Report on horse surra - Volume II, Part II
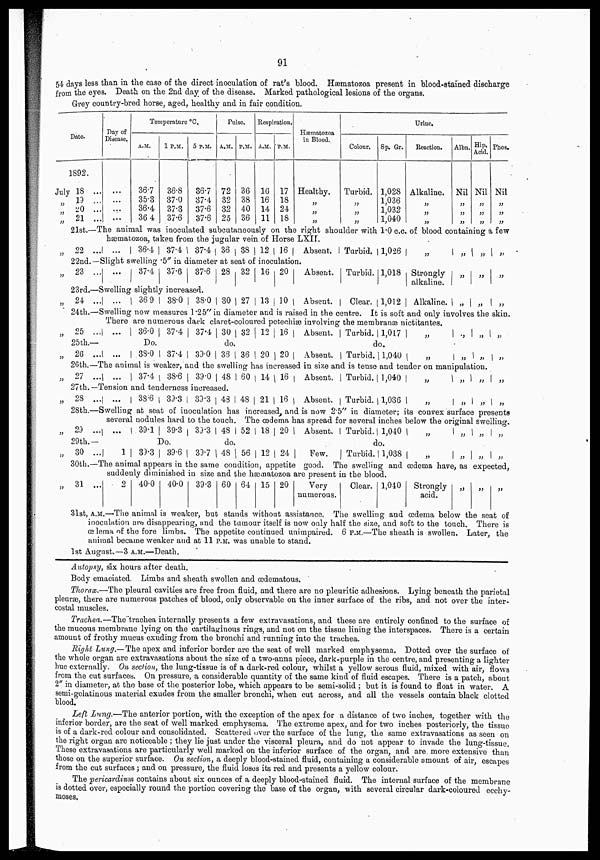
91
54 days less than in the case of the direct inoculation of rat's blood. Hæmatozoa present in blood-stained discharge
from the eyes. Death on the 2nd day of the disease. Marked pathological lesions of the organs.
Grey country-bred horse, aged, healthy and in fair condition.
Date.
1892.
July 18 ...
„ 19 ...
„ 20 ...
„ 21 ...
Day of
Disease.
...
...
...
...
Temperature °C.
A.M.
36.7
35.3
36.4
36 4
1 P.M.
36.8
37.0
37.3
37.6
5 P.M.
36.7
37.4
37.6
37.6
Pulse.
A.M.
72
32
32
25
P.M.
36
38
40
36
Respiration.
A.M.
16
16
14
11
P.M.
17
18
24
18
Hæmatozoa
in Blood.
Healthy.
„
„
„
Urine.
Colour.
Turbid.
„
„
„
Sp. Gr.
1,028
1,036
1,032
1,040
Reaction.
Alkaline.
„
„
„
Albn.
Nil
„
„
„
Hip.
Acid.
Nil
„
„
„
Phos.
Nil
„
„
„
2lst.—The animal was inoculated subcutaneously on the right shoulder with 1.0 c.c. of blood containing a few
„ 22 ...
hæmatozoa, taken from the jugular vein of Horse LXII.
...
36.4
37.4
37.4 36 38 12 16
Absent.
Turbid. 1,026
„
„
„
„
22nd.—Slight swelling .5" in diameter at seat of inoculation.
„ 23 ... ...
37.4
37.6
37.6 28 32 16 20
Absent. Turbid. 1,018 Strongly
alkaline.
„
„
„
23rd.—Swelling slightly increased.
24 ... ...
36.9
38.0
38.0 30 27 13 10
Absent.
Clear. 1,012
Alkaline. „
„
„
24th.—Swelling now measures l.25"in diameter and is raised in the centre. It is soft and only involves the skin.
„ 25 ...
25 th.—
„ 26
...
There are numerous dark claret-coloured petechiæ involving the membranæ nictitantes.
...
36.0
37.4
37.4 30 32 12 16
Absent.
Turbid. 1,017
„
.,
„
„
Do.
do.
do.
1 ...
38.0
37.4
39.0 36 36 20 20
Absent.
Turbid. 1,040
„
„
„
„
26th.—The animal is weaker, and the swelling has increased in size and is tense and tender on manipulation.
„ 27 ... ...
37.4
38.6
39.0 48 60 14
16
Absent.
Turbid. 1,040
„
„
„
„
27th.—Tension and tenderness increased.
„ 28 ... ...
38.6
39.3
39.3 43 48 21 16
Absent.
Turbid. 1,036
„
„
„
„
28th.—Swelling at seat of inoculation has increased and is now 2.5" in diameter; its convex surface presents
„ 29
...
29th.—
„ 30 ...
several nodules hard to the touch. The œdema has spread for several inches below the original swelling.
...
39.1 39.3
39.3 48 52 18 20
Absent.
Turbid. 1,040
„
„
„
„
Do.
do.
do.
1
39.3 39.6
39.7 48 56 12 24
Few.
Turbid. 1,038
„
„
„
„
30th.—The animal appears in the same condition, appetite good. The swelling and œdema have, as expected,
„ 31 ...
suddenly diminished in size and the hæmatozoa are present in the blood.
2
40.0
40.0
39.3 60 64 15 20
Very
numerous.
Clear. 1,040
Strongly
acid.
„
„
„
31st, A.M.—The animal is weaker, but stands without assistance. The swelling and œdema below the seat of
inoculation are disappearing, and the tumour itself is now only half the size, and soft to the touch. There is
œlema of the fore limbs. The appetite continued unimpaired. 6 P.M.—The sheath is swollen. Later, the
animal became weaker and at 11 P.M. was unable to stand.
1st August.—3 A.M.—Death.
Autopsy, six hours after death.
Body emaciated. Limbs and sheath swollen and œdematous.
Thorax.—The pleural cavities are free from fluid, and there are no pleuritic adhesions. Lying beneath the parietal
pleuræ, there are numerous patches of blood, only observable on the inner surface of the ribs, and not over the inter-
costal muscles.
Trachea.—The trachea internally presents a few extravasations, and these are entirely confined to the surface of
the mucous membrane lying on the cartilaginous rings, and not on the tissue lining the interspaces. There is a certain
amount of frothy mucus exuding from the bronchi and running into the trachea.
Right Lung.—The apex and inferior border are the seat of well marked emphysema. Dotted over the surface of
the whole organ are extravasations about the size of a two-anna piece, dark-purple in the centre, and presenting a lighter
hue externally. On section, the lung-tissue is of a dark-red colour, whilst a yellow serous fluid, mixed with air, flows
from the cut surfaces. On pressure, a considerable quantity of the same kind of fluid escapes. There is a patch, about
2" in diameter, at the base of the posterior lobe, which appears to be semi-solid ; but it is found to float in water. A
semi-gelatinous material exudes from the smaller bronchi, when cut across, and all the vessels contain black clotted
blood.
Left Lung.—The anterior portion, with the exception of the apex for a distance of two inches, together with the
inferior border, are the seat of well marked emphysema. The extreme apex, and for two inches posteriorly, the tissue
is of a dark-red colour and consolidated. Scattered over the surface of the lung, the same extravasations as seen on
the right organ are noticeable ; they lie just under the visceral pleura, and do not appear to invade the lung-tissue.
These extravasations are particularly well marked on the inferior surface of the organ, and are more extensive than
those on the superior surface. On section, a deeply blood-stained fluid, containing a considerable amount of air, escapes
from the cut surfaces ; and on pressure, the fluid loses its red and presents a yellow colour.
The pericardium contains about six ounces of a deeply blood-stained fluid. The internal surface of the membrane
is dotted over, especially round the portion covering the base of the organ, with several circular dark-coloured ecchy-
moses.